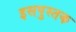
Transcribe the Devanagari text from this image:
इसपुस्तक